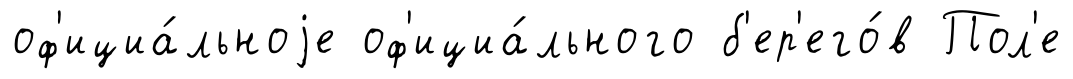
оф'ициа́льноjе оф'ициа́льного б'ер'его́в Пол'е